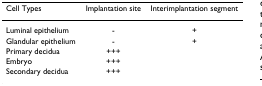
<table><thead><tr><td><b>Cell Types</b></td><td><b>Implantation site</b></td><td><b>Interimplantation segment</b></td></tr></thead><tbody><tr><td>Luminal epithelium</td><td>-</td><td>+</td></tr><tr><td>Glandular epithelium</td><td>-</td><td>+</td></tr><tr><td>Primary decidua</td><td>+++</td><td></td></tr><tr><td>Embryo</td><td>+++</td><td></td></tr><tr><td>Secondary decidua</td><td>+++</td><td></td></tr></tbody></table>